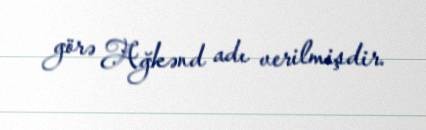
görə Ağkənd adı verilmişdir.